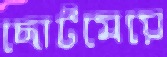
ছোটমেয়ে